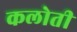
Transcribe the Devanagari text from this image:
कलोती